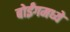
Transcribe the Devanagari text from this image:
बोईंगमध्ये